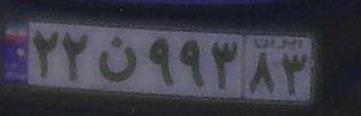
۲۲ن۹۹۳۸۳